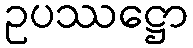
ဥပဿဋ္ဌော